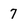
Character: 7